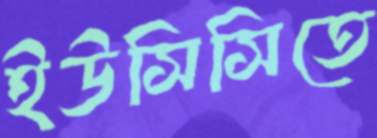
ইউসিসিতে